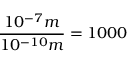
\frac { 1 0 ^ { - 7 } m } { 1 0 ^ { - 1 0 } m } = 1 0 0 0